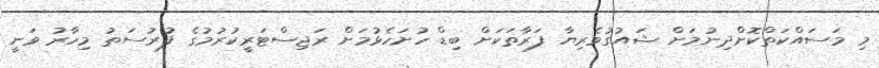
މި މަސައްކަތްކޮށްދިނުމަށް ޝައުގުވެރިޔާ ފަރާތަކަށް ބިޑް ހުށަހެޅުމަށް ރަޖިސްޓަރީކުރުމުގެ ފުރުސަތު މިހާރު ވަނީ